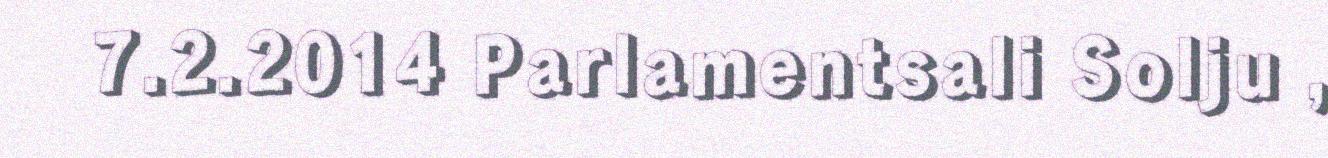
7.2.2014 Parlamentsali Solju ,